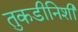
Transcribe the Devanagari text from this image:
तुकडीनिशी